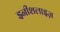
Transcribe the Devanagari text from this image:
इनीशलाइज़